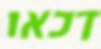
דכאו